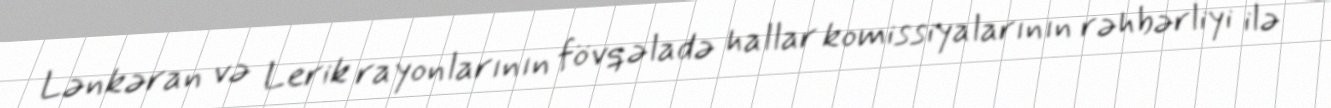
Lənkəran və Lerik rayonlarının fövqəladə hallar komissiyalarının rəhbərliyi ilə